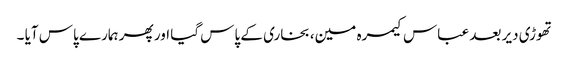
تھوڑی دیر بعد عباس کیمرہ مین، بخاری کے پاس گیا اور پھر ہمارے پاس آیا ۔